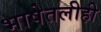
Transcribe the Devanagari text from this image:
भाषेतलीही